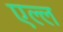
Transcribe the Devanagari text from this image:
एल्ल